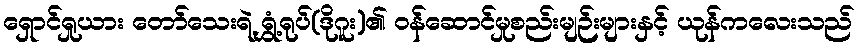
ရှောင်ရှုယား တော်သေးရဲ့ ရွှံ့ရုပ်(ဒိုဂူး)၏ ဝန်ဆောင်မှုစည်းမျဉ်းများနှင့် ယုန်ကလေးသည်